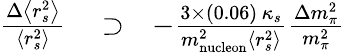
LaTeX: \begin{array}{rlr}{\frac{\Delta\left<r_{s}^{2}\right>}{\left<r_{s}^{2}\right>}}&{{}\supset}&{-\frac{3\times(0.06)\, \kappa_{s}}{m_{\mathrm{nucleon}}^{2}\left<r_{s}^{2}\right>}\frac{\Delta m_{\pi}^{2}}{m_{\pi}^{2}}}\end{array}